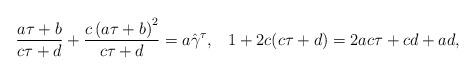
LaTeX: \begin{align*} \frac{a\tau +b}{c\tau +d} +\frac{c\left(a\tau +b \right)^2}{c\tau +d} = a{\hat{\gamma}^{\tau}}, \,\,\,\,\, 1+2c(c\tau +d) =2ac\tau +cd +ad, \end{align*}